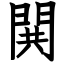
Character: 閧